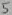
Text: 5